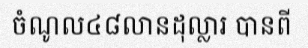
ចំណូល៤៨លានដុល្លារ បានពី